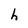
Character: h